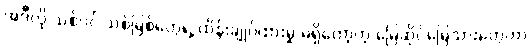
အဲဒီလို သစ်ပင် သစ်မြစ်တွေရဲ့ ထိန်းချုပ်ထားမှု မရှိတော့တဲ့ မြေဆိုင်မြေသားတွေဟာ